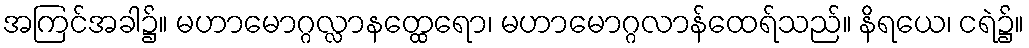
အကြင်အခါ၌။ မဟာမောဂ္ဂလ္လာနတ္ထေရော၊ မဟာမောဂ္ဂလာန်ထေရ်သည်။ နိရယေ၊ ငရဲ၌။